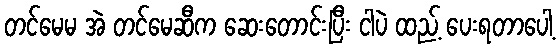
တင်မေမ အဲ တင်မေဆီက ဆေးတောင်းပြီး ငါပဲ ထည့် ပေးရတာပေါ့